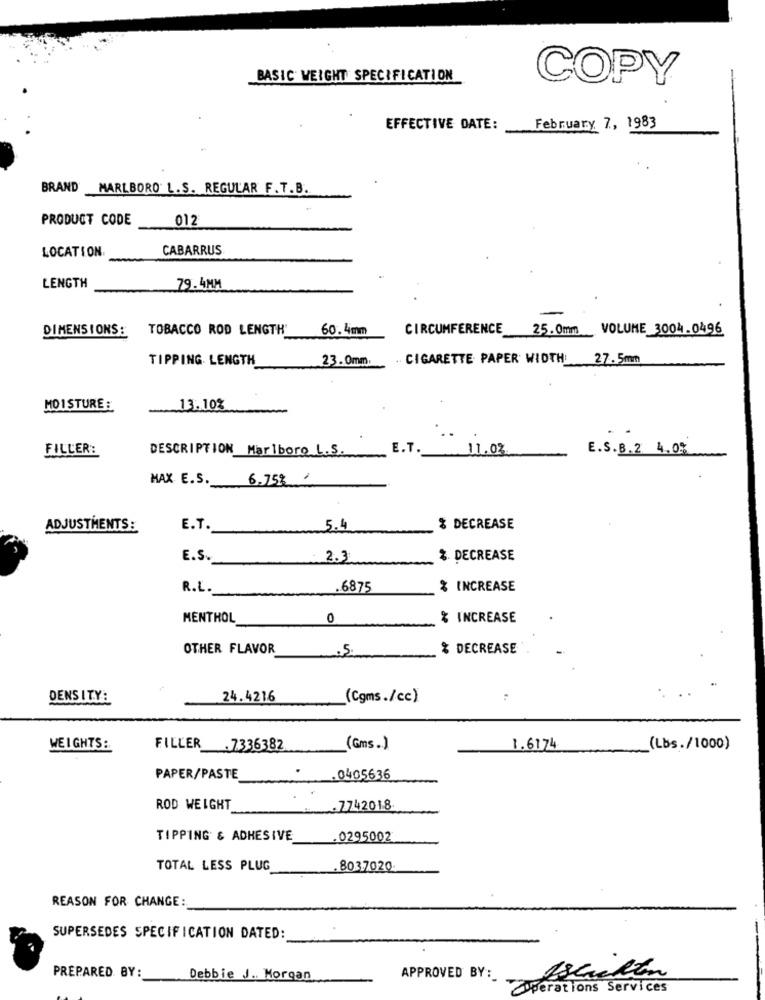
BASIC WEIGHT SPECIFICATION
COPY
EFFECTIVE DATE:
February 7, 1983
BRAND MARLBORO L.S. REGULAR F. T.B.
PRODUCT CODE
012
CABARRUS
LOCATION
LENGTH
79.4MM
DIMENSIONS :
TOBACCO ROD LENGTH'
60.4mm
CIRCUMFERENCE
25.0mm VOLUME_3004.0496
TIPPING. LENGTH
23.0mm,
.. CIGARETTE PAPER WIDTH: 27.5mm
MOI STURE :
13.10%
FILLER:
DESCRIPTION Marlboro L.S.
E.T.
11.03
E.S.B.2 4.0%
MAX E.S.
6.75% ,
ADJUSTMENTS:
E.T.
5.4
% DECREASE
E.S.
2.3
% DECREASE
R.L ._
.6875
% INCREASE
MENTHOL
0
% INCREASE
OTHER FLAVOR
.5.
% DECREASE
..
DENSITY:
24.4216
(Cgms./cc)
WEIGHTS:
FILLER .7336382
(Gms.)
1.6174
(Lbs./1000)
.
PAPER/PASTE
.0405636
ROD WEIGHT_
.7742018
TIPPING & ADHESIVE
.0295002
TOTAL LESS PLUG
8037020
REASON FOR CHANGE:
-
SUPERSEDES SPECIFICATION DATED:
PREPARED BY:
Debbie J ., Morgan
APPROVED BY:
stuckin
operations Services